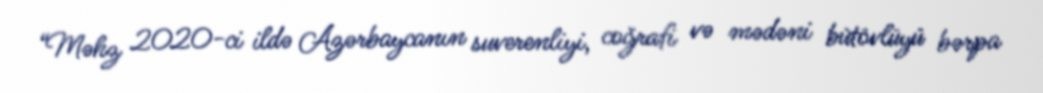
“Məhz 2020-ci ildə Azərbaycanın suverenliyi, coğrafi və mədəni bütövlüyü bərpa